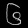
Digit: ၆